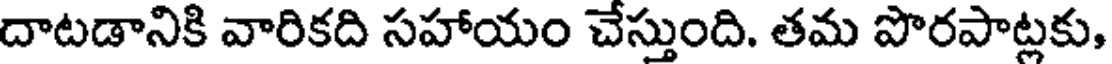
దాటడానికి వారికది సహాయం చేస్తుంది. తమ పొరపాట్లకు,